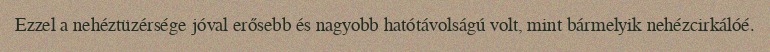
Ezzel a nehéztüzérsége jóval erősebb és nagyobb hatótávolságú volt, mint bármelyik nehézcirkálóé.